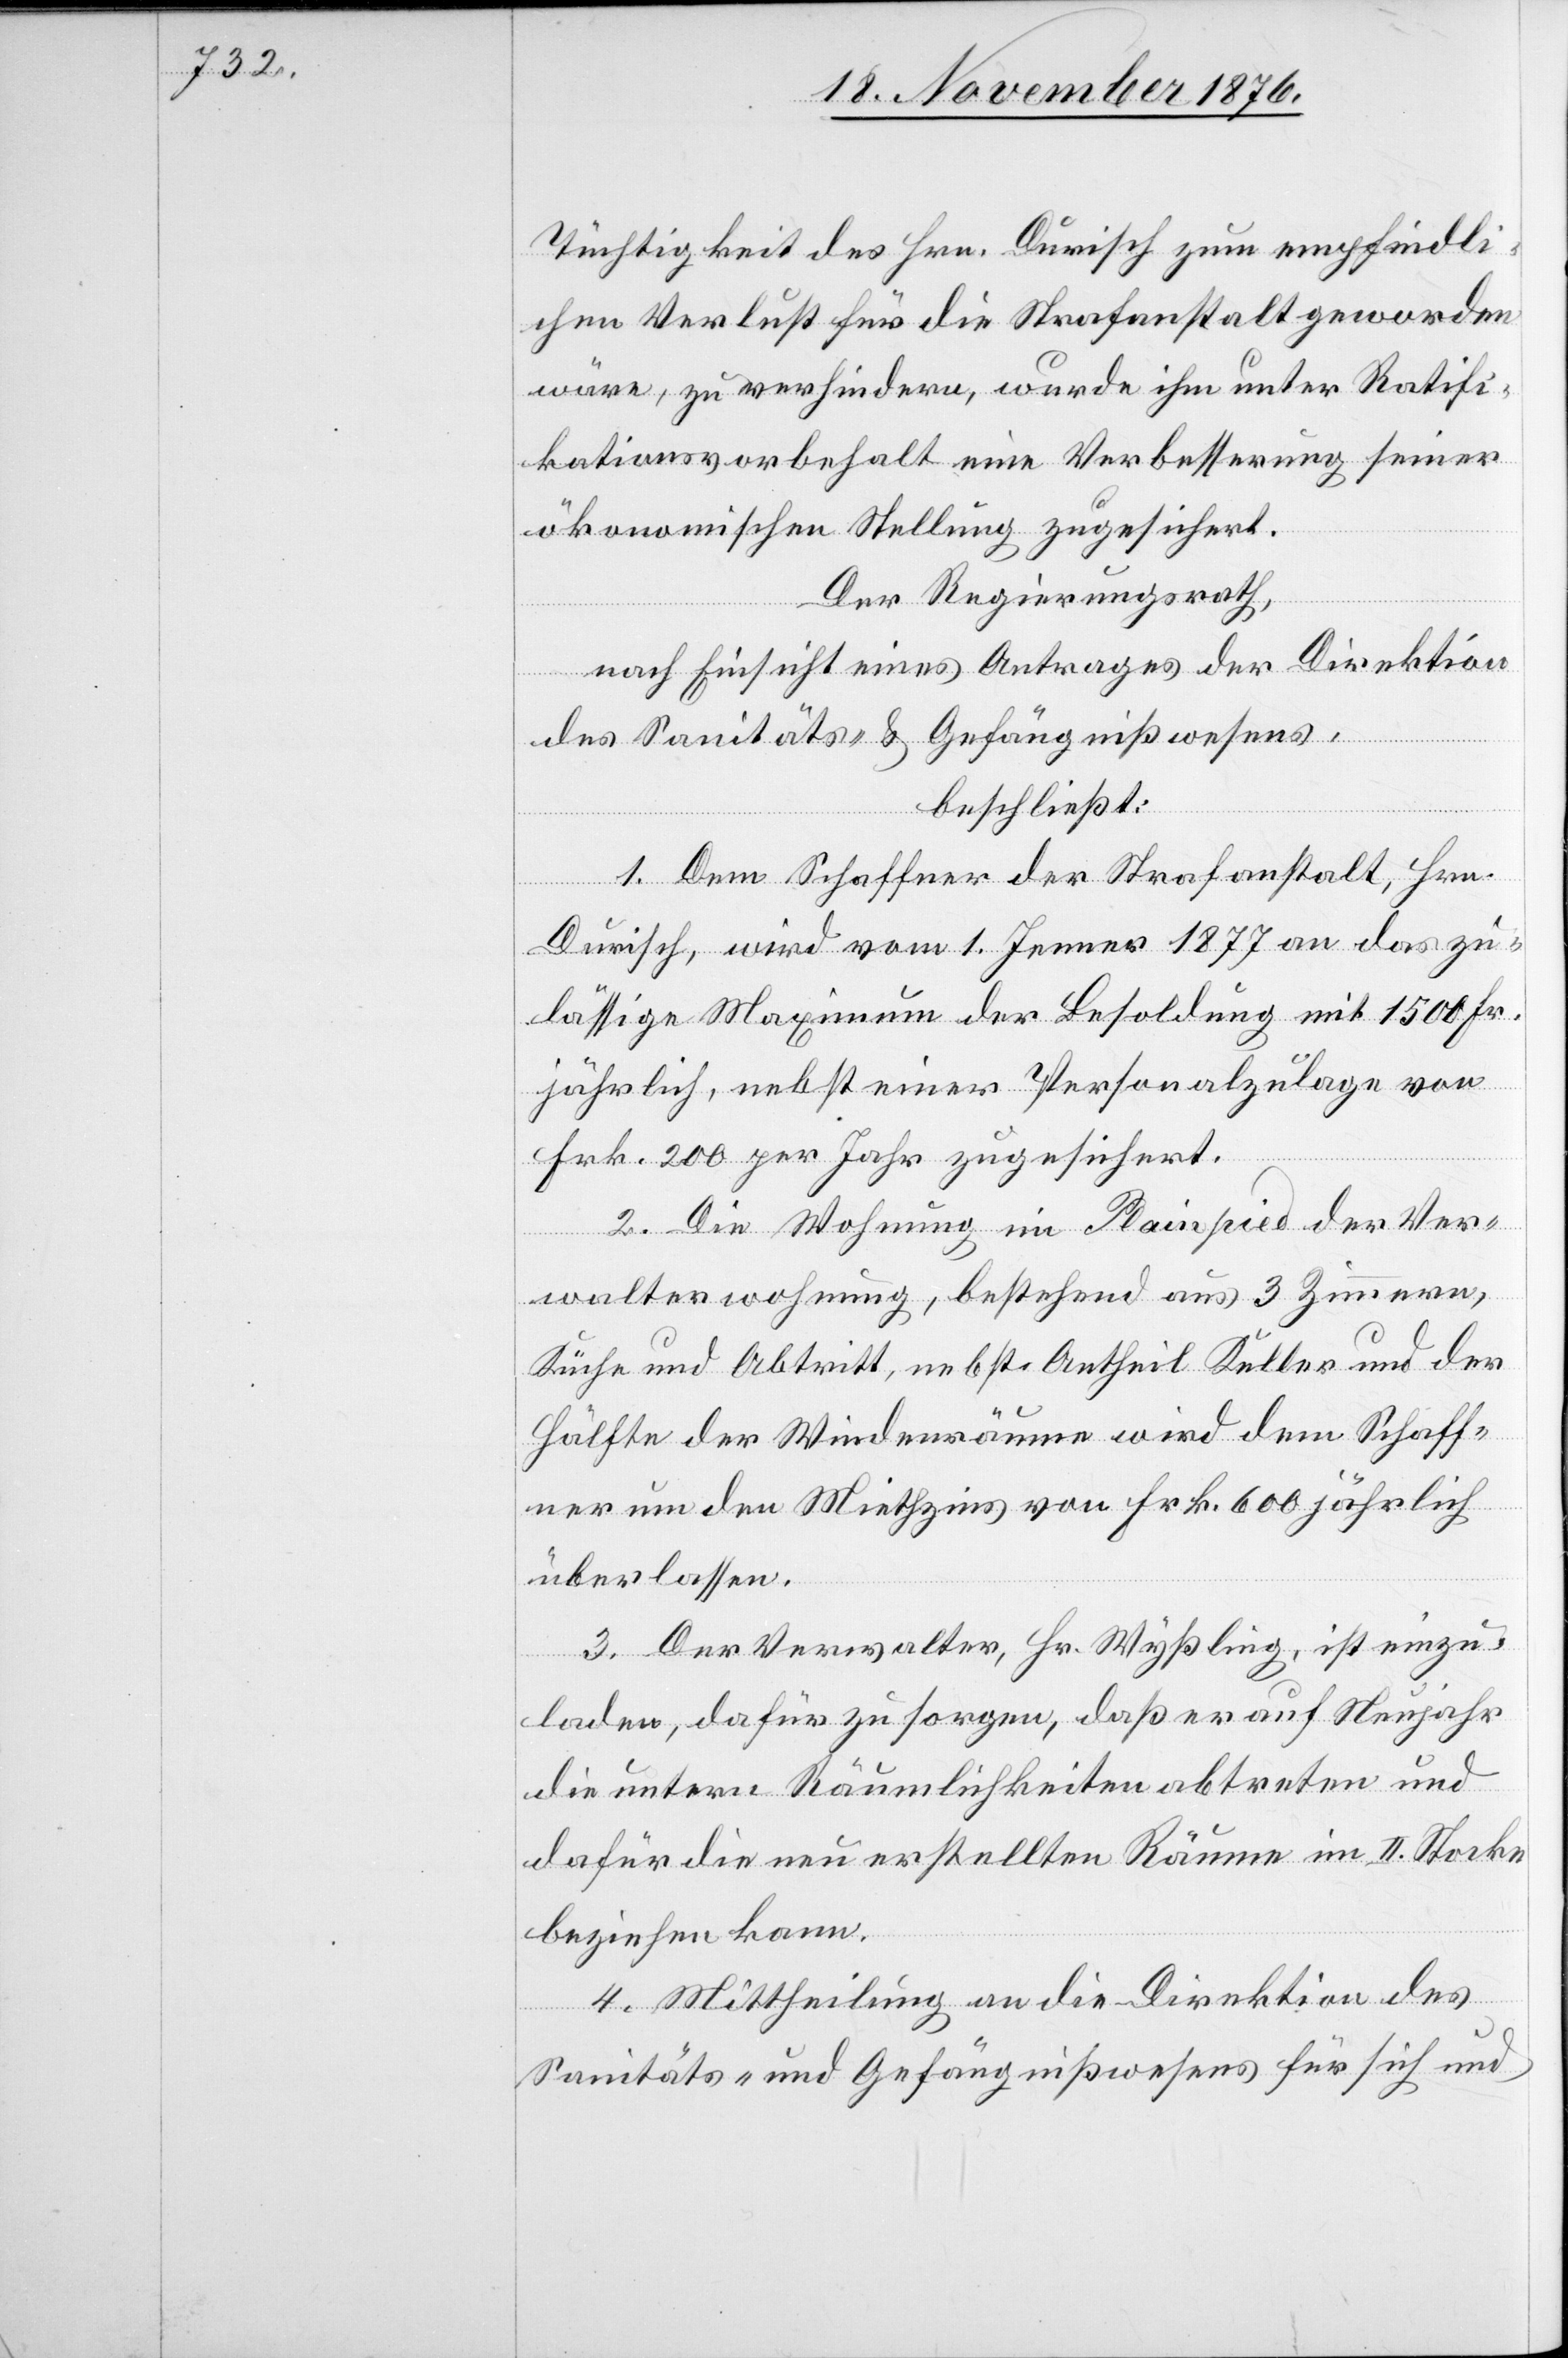
Tüchtigkeit des Hrn. Durisch zum empfindli¬
chen Verlust für die Strafanstalt geworden
wäre, zu verhindern, wurde ihm unter Ratifi¬
kationsvorbehalt eine Verbesserung seiner
ökonomischen Stellung zugesichert.
Der Regierungsrath,
nach Einsicht eines Antrages der Direktion
des Sanitäts- & Gefängnißwesens,
beschließt:
1. Dem Schaffner der Strafanstalt, Hrn.
Durisch, wird vom 1. Jenner 1877 an das zu¬
lässige Maximum der Besoldung mit 1500 Fr.
jährlich, nebst einer Personalzulage von
Frk. 200 per Jahr zugesichert.
2. Die Wohnung im Plainpied der Ver¬
walterwohnung, bestehend aus 3 Zimmern,
Küche und Abtritt, nebst Antheil Keller und der
Hälfte der Windenräume wird dem Schaff¬
ner um den Miethzins von Frk. 600 jährlich
überlassen.
3. Der Verwalter, Hr. Wyßling, ist einzu¬
laden, dafür zu sorgen, daß er auf Neujahr
die untern Räumlichkeiten abtreten und
dafür die neu erstellten Räume im II. Stocke
beziehen kann.
4. Mittheilung an die Direktion des
Sanitäts- und Gefängnißwesens für sich und